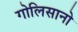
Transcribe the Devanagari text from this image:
गोलिसानो